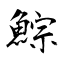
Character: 鯮